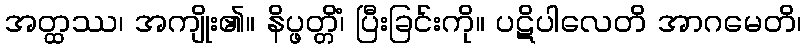
အတ္ထဿ၊ အကျိုး၏။ နိပ္ဖတ္တိံ၊ ပြီးခြင်းကို။ ပဋိပါလေတိ အာဂမေတိ၊